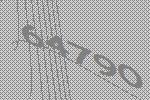
64790